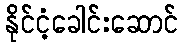
နိုင်ငံ့ခေါင်းဆောင်